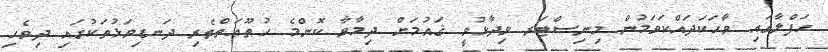
ޙަފްލާގައި ވާހަކަދައްކަވަމުން މިނިސްޓަރ ވިދާޅުވީ ޤައުމަށް ދިމާވާ ކޮންމެ ހުޠޫޢަތްތެރި ދަނޑިވަޅުތަކުގައި ދިވެހި